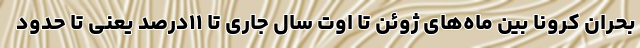
بحران کرونا بین ماه‌های ژوئن تا اوت سال جاری تا ۱۱درصد یعنی تا حدود